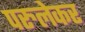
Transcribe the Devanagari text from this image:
परुलेकर